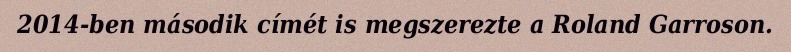
2014-ben második címét is megszerezte a Roland Garroson.